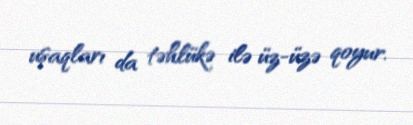
uşaqları da təhlükə ilə üz-üzə qoyur.